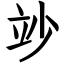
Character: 竗